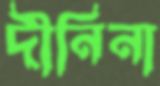
দীনিনা